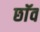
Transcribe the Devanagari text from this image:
छाॅव